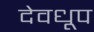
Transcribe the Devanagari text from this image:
देवधूप